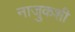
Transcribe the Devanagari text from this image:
नाजुकशी